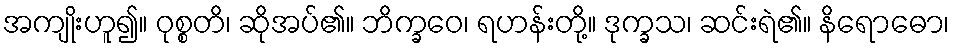
အကျိုးဟူ၍။ ဝုစ္စတိ၊ ဆိုအပ်၏။ ဘိက္ခဝေ၊ ရဟန်းတို့။ ဒုက္ခသ၊ ဆင်းရဲ၏။ နိရောဓော၊